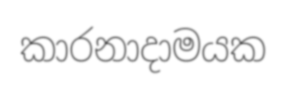
කාරනාදාමයක